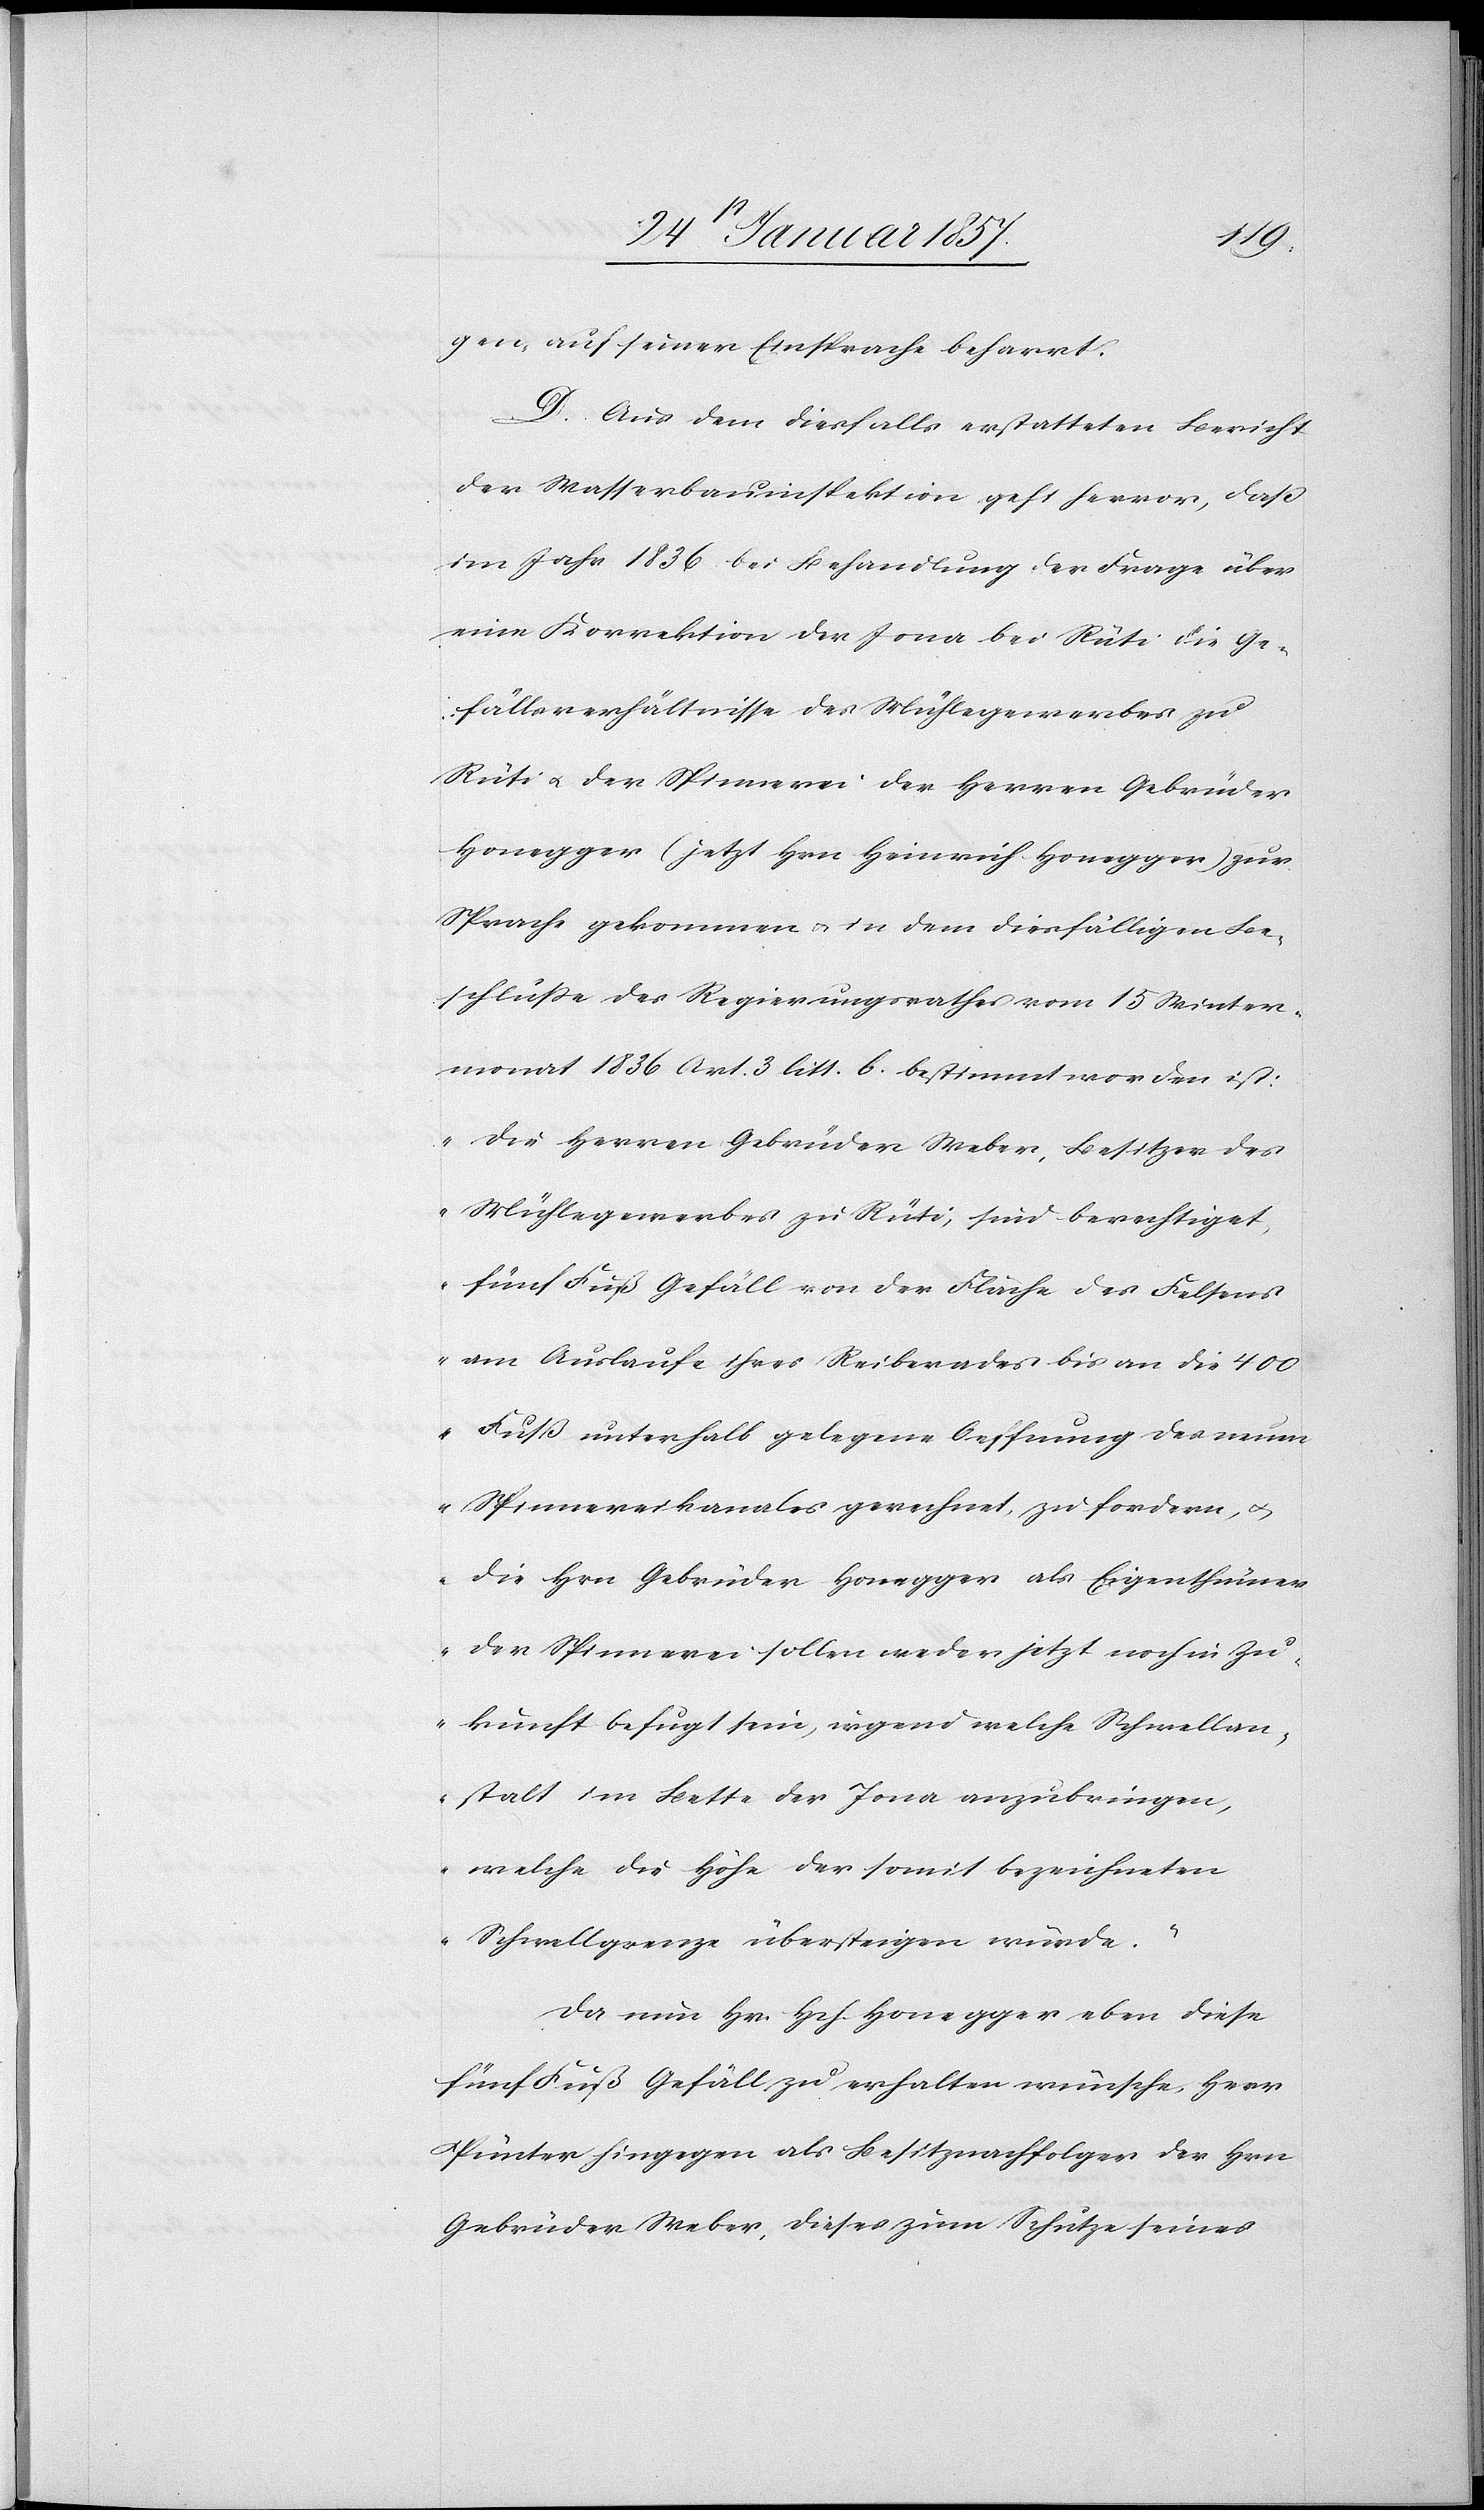
gen, auf seiner Einsprache beharrt.
D. Aus dem diesfalls erstatteten Bericht
der Wasserbauinspektion geht hervor, daß
im Jahr 1836 bei Behandlung der Frage über
eine Korrektion der Jona bei Rüti die Ge¬
fällsverhältnisse des Mühlegewerkes zu
Rüti u. der Spinnerei der Herren Gebrüder
Honegger (jetzt Hrn Heinrich Honegger) zur
Sprache gekommen u. in dem diesfälligen Be¬
schluße des Regierungsrathes vom 15 Winter¬
monat 1836 Art. 3 litt. b. bestimmt worden ist:
„Die Herren Gebrüder Weber, Besitzen des
Mühlegewerbes zu Rüti, sind berechtiget,
fünf Fuß Gefäll von der Fläche des Felsens
am Auslaufe ihres Reiberades bis an die 400
Fuß unterhalb gelegene Oeffnung des neue¬
n Spinnereikanales gerechnet, zu fordern, &
die Hrn Gebrüder Honegger als Eigenthümer
der Spinnerei sollen weder jetzt noch in Zu¬
kunft befugt sein, irgend welche Schwellan¬
stalt im Bette der Jona anzubringen,
welche die Höhe der somit bezeichneten
Schwellgrenze übersteigen würde.“
Da nun Hr. Hch. Honegger eben diese
fünf Fuß Gefäll zu erhalten wünsche, Herr
Pünter hingegen als Besitznachfolger der Hrn
Gebrüder Weber, dieses zum Schutze seines